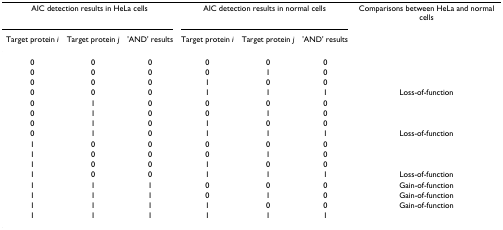
<table><thead><tr><td colspan="3"><b>AIC detection results in HeLa cells</b></td><td colspan="3"><b>AIC detection results in normal cells</b></td><td><b>Comparisons between HeLa and normal cells</b></td></tr><tr><td><b>Target protein <i>i</i></b></td><td><b>Target protein <i>j</i></b></td><td><b>&#x27;AND&#x27; results</b></td><td><b>Target protein <i>i</i></b></td><td><b>Target protein <i>j</i></b></td><td><b>&#x27;AND&#x27; results</b></td><td></td></tr></thead><tbody><tr><td>0</td><td>0</td><td>0</td><td>0</td><td>0</td><td>0</td><td></td></tr><tr><td>0</td><td>0</td><td>0</td><td>0</td><td>1</td><td>0</td><td></td></tr><tr><td>0</td><td>0</td><td>0</td><td>1</td><td>0</td><td>0</td><td></td></tr><tr><td>0</td><td>0</td><td>0</td><td>1</td><td>1</td><td>1</td><td>Loss-of-function</td></tr><tr><td>0</td><td>1</td><td>0</td><td>0</td><td>0</td><td>0</td><td></td></tr><tr><td>0</td><td>1</td><td>0</td><td>0</td><td>1</td><td>0</td><td></td></tr><tr><td>0</td><td>1</td><td>0</td><td>1</td><td>0</td><td>0</td><td></td></tr><tr><td>0</td><td>1</td><td>0</td><td>1</td><td>1</td><td>1</td><td>Loss-of-function</td></tr><tr><td>1</td><td>0</td><td>0</td><td>0</td><td>0</td><td>0</td><td></td></tr><tr><td>1</td><td>0</td><td>0</td><td>0</td><td>1</td><td>0</td><td></td></tr><tr><td>1</td><td>0</td><td>0</td><td>1</td><td>0</td><td>0</td><td></td></tr><tr><td>1</td><td>0</td><td>0</td><td>1</td><td>1</td><td>1</td><td>Loss-of-function</td></tr><tr><td>1</td><td>1</td><td>1</td><td>0</td><td>0</td><td>0</td><td>Gain-of-function</td></tr><tr><td>1</td><td>1</td><td>1</td><td>0</td><td>1</td><td>0</td><td>Gain-of-function</td></tr><tr><td>1</td><td>1</td><td>1</td><td>1</td><td>0</td><td>0</td><td>Gain-of-function</td></tr><tr><td>1</td><td>1</td><td>1</td><td>1</td><td>1</td><td>1</td><td></td></tr></tbody></table>